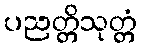
ပညတ္တိသုတ္တံ